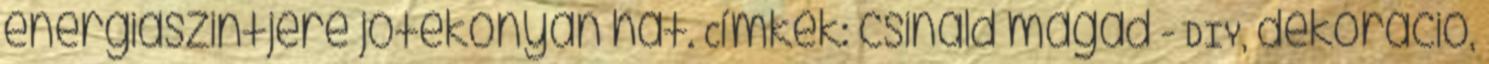
energiaszintjére jótékonyan hat. Címkék: csináld magad - DIY, dekoráció,